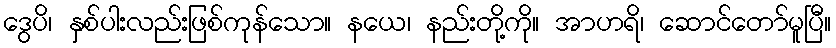
ဒွေပိ၊ နှစ်ပါးလည်းဖြစ်ကုန်သော။ နယေ၊ နည်းတို့ကို။ အာဟရိ၊ ဆောင်တော်မူပြီ။